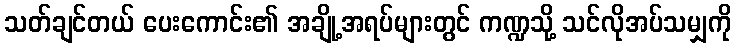
သတ်ချင်တယ် ပေးကောင်း၏ အချို့အရပ်များတွင် ကဏ္ဍသို့ သင်လိုအပ်သမျှကို